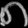
Digit: ၈